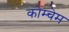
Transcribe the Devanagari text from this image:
कोम्चेम